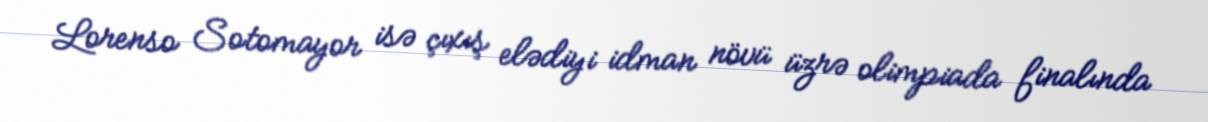
Lorenso Sotomayor isə çıxış elədiyi idman növü üzrə olimpiada finalında